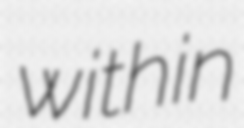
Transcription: within